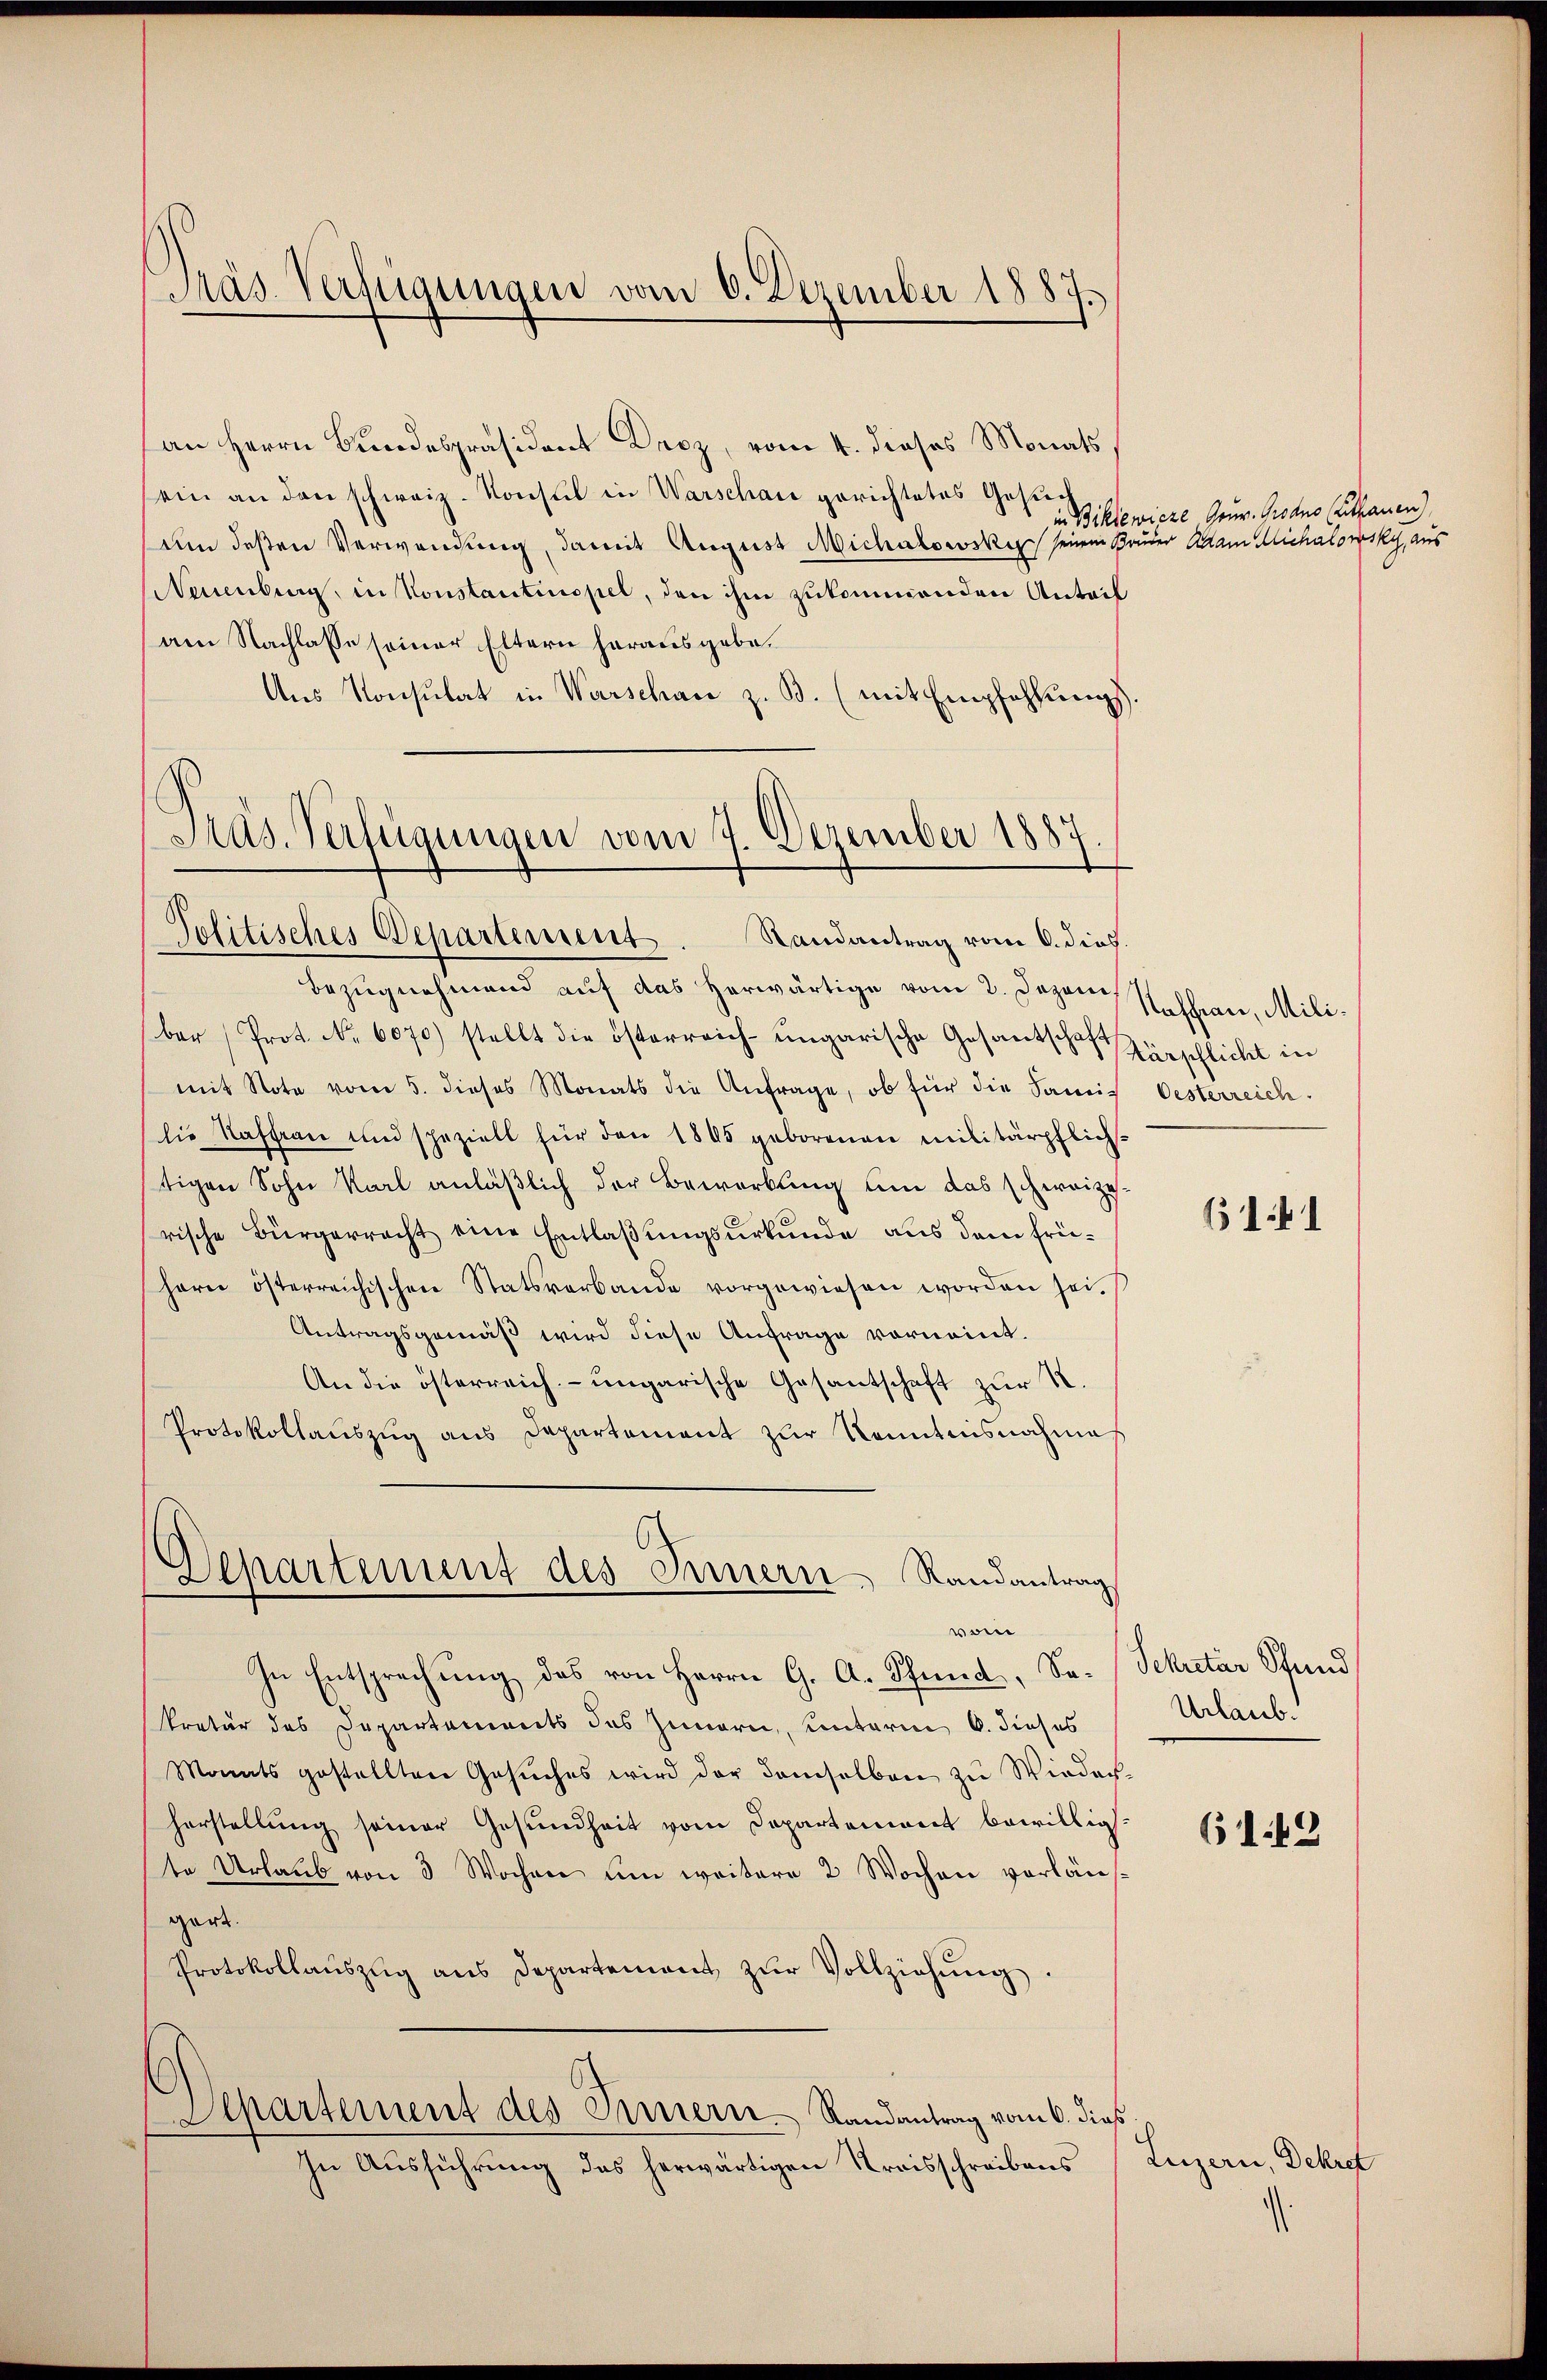
Präs. Verfügungen vom 6. Dezember 1887.

an Herrn Bundespräsident Droz, vom 4. dieses Monats,
ein an den schweiz. Konsul in Warschau gerichtetes Gesuch
um deßen Verwendung, damit August Michalowski seinen Bruder Adam Michatowsky, aus
Namburg, in Konstantinopel, den ihm zukommenden Anteil
am Nachlasse seiner Eltern herausgebe.
Ans Konsulat in Warschan z. B. (mit Empfehlungs.
)
Bezugnahmend auf das herwärtige vom 2. Jezere Neffen, Miliber Prot. No 6070) stellt die österreich-ungarische Gesantschaft verschlicht in
mit Note vom 5. dieses Monats die Anfrage, ob für die Familie Kaffian und speziell für den 1865 geborenen militärpflich-
stigen Sohn Karl anläßlich der Bewerbung um das schweizerische Bürgerrecht eine Entlaßungsurkunde aus dem frühern österreichischen Statsverbande vorgewiesen worden sei.
Antragsgemäß wird diese Anfrage vornennt.
An die österreich-ungarische Gesantschaft zur K.
Protokollauszug aus Departament zur Kenntnisnahmaß
Departement des Innern Randantrag
wor
In Entsprechung des von Herrn G. A. Pfund, Sekretär des Departements des Innern, unterm 6. dieses
Monats gestellten Gesŭches wird der damselben zu Wieder-
horstellung seiner Gesundheit vom Departement bewillig.
te Urlaŭb von 3 Wochen um weitere 2 Wochen vorläu-
gart.
Protokollaŭszŭg ans Departement zŭr Vollziehŭng.
Separtement des Innern. Randantrag vom 6. dieß.
In Ausführung des herwärtigen Kreisschreibens

Präs. Verfügungen vom 7 Dezember 1887
Politisches Departement. Randantrag vom 6. dies

in Bikiewicze Gouv. Grodno (Lithauen)

Oesterreich.

B 141

Sekretär Stund
Urlaub.

61.19

Luzern, Dekret
.